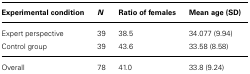
| Experimental condition | N | Ratio of females | Mean age (SD) |
 | --- | --- | --- | --- |
 | Expert perspective | 39 | 38.5 | 34.077 (9.94) |
 | Control group | 39 | 43.6 | 33.58 (8.58) |
 | Overall | 78 | 41.0 | 33.8 (9.24) |